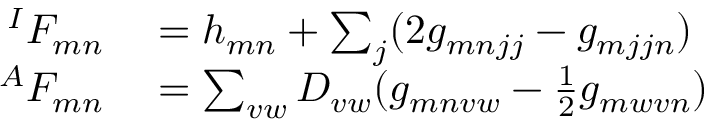
\begin{array} { r l } { ^ { I } F _ { m n } } & { { } = h _ { m n } + \sum _ { j } ( 2 g _ { m n j j } - g _ { m j j n } ) } \\ { ^ { A } F _ { m n } } & { { } = \sum _ { v w } D _ { v w } ( g _ { m n v w } - \frac { 1 } { 2 } g _ { m w v n } ) } \end{array}